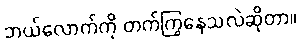
ဘယ်လောက်ကို တက်ကြွနေသလဲဆိုတာ။